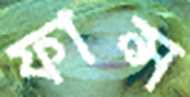
ফান্স